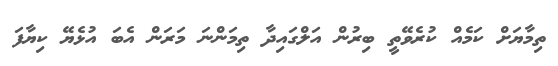
ތިމާޔަށް ކަމެއް ކުރެވޭތީ ބިރުން އަލްގައިދާ ތިމަންނަ މަރަން އެބަ އުޅެޔޭ ކިޔާފަ